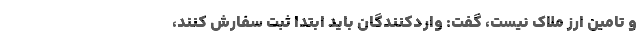
و تامین ارز ملاک نیست، گفت: واردکنندگان باید ابتدا ثبت سفارش کنند،